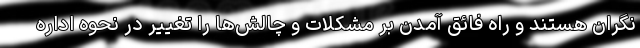
نگران هستند و راه فائق آمدن بر مشکلات و چالش‌ها را تغییر در نحوه اداره